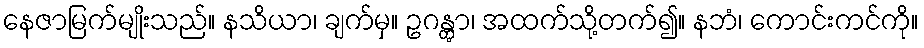
နေဇာမြက်မျိုးသည်။ နသိယာ၊ ချက်မှ။ ဥဂန္တွာ၊ အထက်သို့တက်၍။ နဘံ၊ ကောင်းကင်ကို။